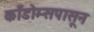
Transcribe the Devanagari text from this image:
काँडोम्सपासून